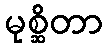
မုစ္ဆိတာ